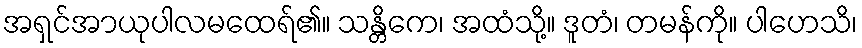
အရှင်အာယုပါလမထေရ်၏။ သန္တိကေ၊ အထံသို့။ ဒူတံ၊ တမန်ကို။ ပါဟေသိ၊